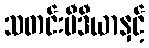
သတင်းမီဒီယာနှင့်